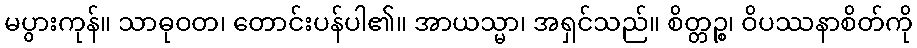
မပွားကုန်။ သာဓုဝတ၊ တောင်းပန်ပါ၏။ အာယသ္မာ၊ အရှင်သည်။ စိတ္တဉ္စ၊ ဝိပဿနာစိတ်ကို